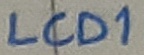
Text: LCD1